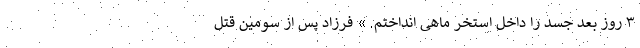
۳ روز بعد جسد را داخل استخر ماهی انداختم. » فرزاد پس از سومین قتل